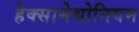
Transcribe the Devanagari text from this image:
हेक्सामेथोनियम